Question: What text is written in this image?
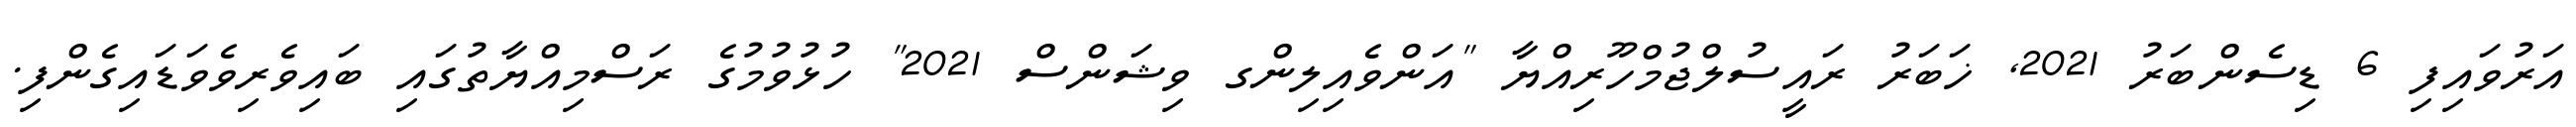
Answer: އަރުވައިފި 6 ޑިސެންބަރު 2021, ޚަބަރު ރައީސުލްޖުމްހޫރިއްޔާ "އަންވެއިލިންގ ވިޝަންސް 2021" ހުޅުވުމުގެ ރަސްމިއްޔާތުގައި ބައިވެރިވެވަޑައިގެންފި.